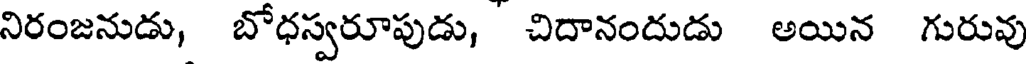
నిరంజనుడు, బోధస్వరూపుడు, చిదానందుడు అయిన గురువు